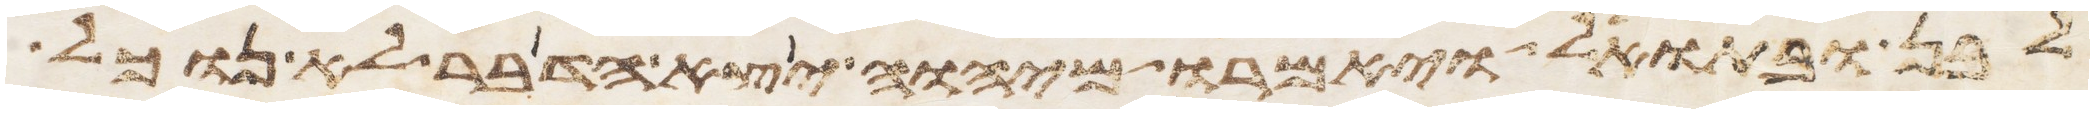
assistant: לבן ובתואל ויאמרו מיהוה יצא הדבר לא נוכל